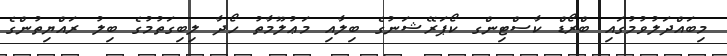
މިބައްދަލުވުމުގައި ބްރޯޑް ކާސްޓިންގ ކޯޕަރޭޝަނުގެ ބިލާއި މަޢުލޫމާތު ހޯދާ ލިބިގަތުމުގެ ބިލު ރައްޔިތުންގެ